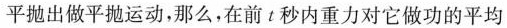
平抛出做平抛运动，那么，在前t秒内重力对它做功的平均